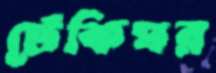
ঢেঁকিঘর